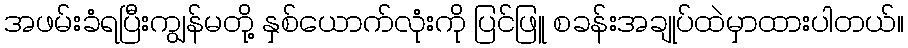
အဖမ်းခံရပြီးကျွန်မတို့ နှစ်ယောက်လုံးကို ပြင်ဖြူ စခန်းအချုပ်ထဲမှာထားပါတယ်။